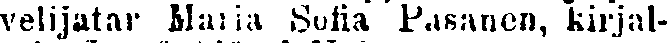
velijatar Maria Sofia Pasanen, kirjal-